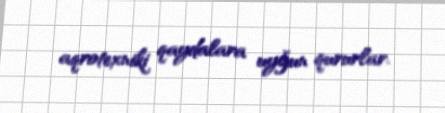
aqrotexniki qaydalara uyğun qururlar.